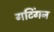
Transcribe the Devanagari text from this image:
गटिंगन